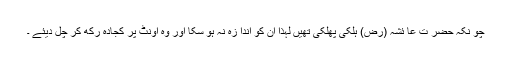
چو نکہ حضر ت عا ئشہ (رض) ہلکی پھلکی تھیں لہذا ان کو اندا زہ نہ ہو سکا اور وہ اونٹ پر کجادہ رکھ کر چل دیئے ۔